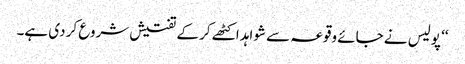
‘‘ پولیس نے جائے وقوعہ سے شواہد اکٹھے کر کے تفتیش شروع کر دی ہے۔